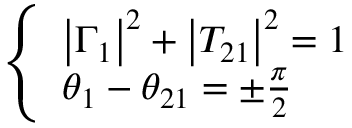
\left\{ \begin{array} { l } { \left| \Gamma _ { 1 } \right| ^ { 2 } + \left| T _ { 2 1 } \right| ^ { 2 } = 1 } \\ { \theta _ { 1 } - \theta _ { 2 1 } = \pm \frac { \pi } { 2 } } \end{array} \right.